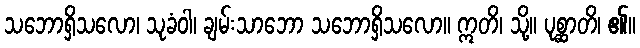
သဘောရှိသလော၊ သုခံဝါ၊ ချမ်းသာဘော သဘောရှိသလော။ ဣတိ၊ သို့။ ပုစ္ဆာတိ၊ ၏။